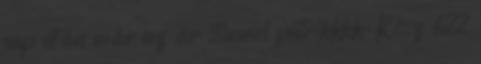
nap után már az ár stimmel patrikkkk: Kösz 622